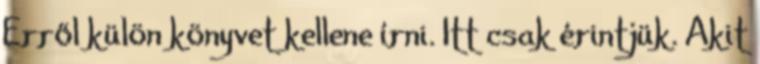
Erről külön könyvet kellene írni. Itt csak érintjük. Akit